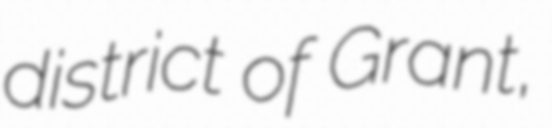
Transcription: district of Grant,